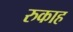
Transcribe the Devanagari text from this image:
रुकाह